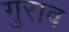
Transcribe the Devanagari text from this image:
गुराव